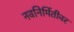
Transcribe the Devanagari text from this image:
नवनिर्मितीवर